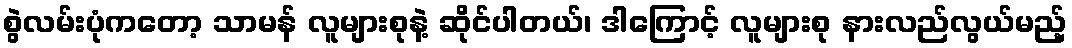
စွဲလမ်းပုံကတော့ သာမန် လူများစုနဲ့ ဆိုင်ပါတယ်၊ ဒါကြောင့် လူများစု နားလည်လွယ်မည့်